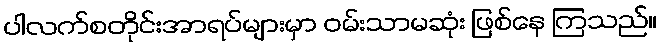
ပါလက်စတိုင်းအာရပ်များမှာ ဝမ်းသာမဆုံး ဖြစ်နေ ကြသည်။